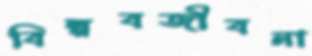
বিল্পবজীবনা